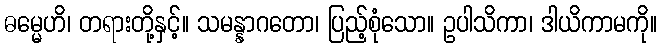
ဓမ္မေဟိ၊ တရားတို့နှင့်။ သမန္နာဂတော၊ ပြည့်စုံသော။ ဥပါသိကာ၊ ဒါယိကာမကို။